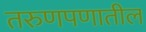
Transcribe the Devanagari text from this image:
तरुणपणातील